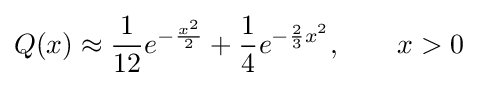
Q(x)\approx {\frac {1}{12}}e^{-{\frac {x^{2}}{2}}}+{\frac {1}{4}}e^{-{\frac {2}{3}}x^{2}},\qquad x>0